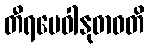
တီရမေဝါနုဓာဝတိ